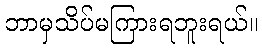
ဘာမှသိပ်မကြားရဘူးရယ်။